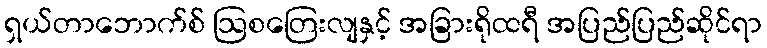
ရှယ်တာဘောက်စ် ဩစတြေးလျနှင့် အခြားရိုထရီ အပြည်ပြည်ဆိုင်ရာ